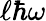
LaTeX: \ell\hbar\omega